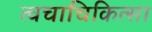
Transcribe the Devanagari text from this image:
त्वचाचिकित्सा